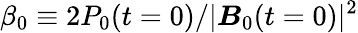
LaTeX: \beta_{0}\equiv 2P_{0}(t=0)/|\boldsymbol{B}_{0}(t=0)|^{2}